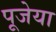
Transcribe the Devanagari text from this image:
पूजेया